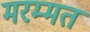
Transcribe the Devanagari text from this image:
मरम्मत